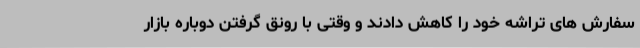
سفارش های تراشه خود را کاهش دادند و وقتی با رونق گرفتن دوباره بازار